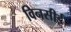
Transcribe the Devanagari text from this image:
विनसीई